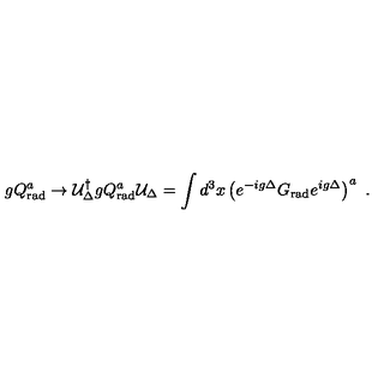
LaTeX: g Q _ { \mathrm { r a d } } ^ { a } \to { \cal U } _ { \Delta } ^ { \dagger } g Q _ { \mathrm { r a d } } ^ { a } { \cal U } _ { \Delta } = \int d ^ { 3 } x \left( e ^ { - i g \Delta } G _ { \mathrm { r a d } } e ^ { i g \Delta } \right) ^ { a } \ .